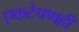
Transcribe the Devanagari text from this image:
एकटेपणही